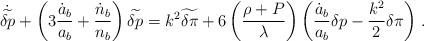
LaTeX: \begin{align*}\dot{\widetilde{\delta p}} + \left( 3{\dot{a}_b \over a_b} + {\dot{n}_b \over n_b} \right) \widetilde{\delta p} = k^2 \widetilde{\delta \pi}+ 6 \left( {\rho+P\over\lambda} \right) \left( {\dot{a}_b \over a_b} \delta p - {k^2 \over2}\delta\pi \right) \,.\end{align*}